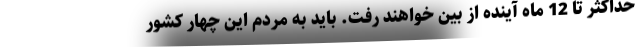
حداکثر تا 12 ماه آینده از بین خواهند رفت. باید به مردم این چهار کشور